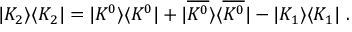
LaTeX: | K _ { 2 } \rangle \langle K _ { 2 } | = | K ^ { 0 } \rangle \langle K ^ { 0 } | + | \overline { { { K ^ { 0 } } } } \rangle \langle \overline { { { K ^ { 0 } } } } | - | K _ { 1 } \rangle \langle K _ { 1 } | \ .